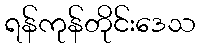
ရန်ကုန်တိုင်းဒေသ